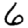
Digit: 6